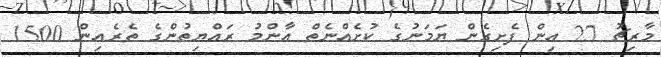
މާރިޗު 27 އިން ފެށިގެން ޔަމަނުގެ ކުށެއްނެތް އާންމު ރައްޔިތުންގެ ތެރެއިން 1500